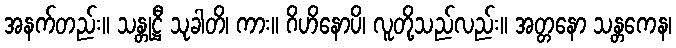
အနက်တည်း။ သန္တုဋ္ဌီ သုခါတိ၊ ကား။ ဂိဟိနောပိ၊ လူတို့သည်လည်း။ အတ္တနော သန္တကေန၊